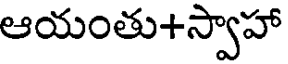
ఆయంతు+స్వాహా